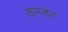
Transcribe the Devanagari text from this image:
कम्प्लेन